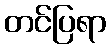
တင်ပြရာ